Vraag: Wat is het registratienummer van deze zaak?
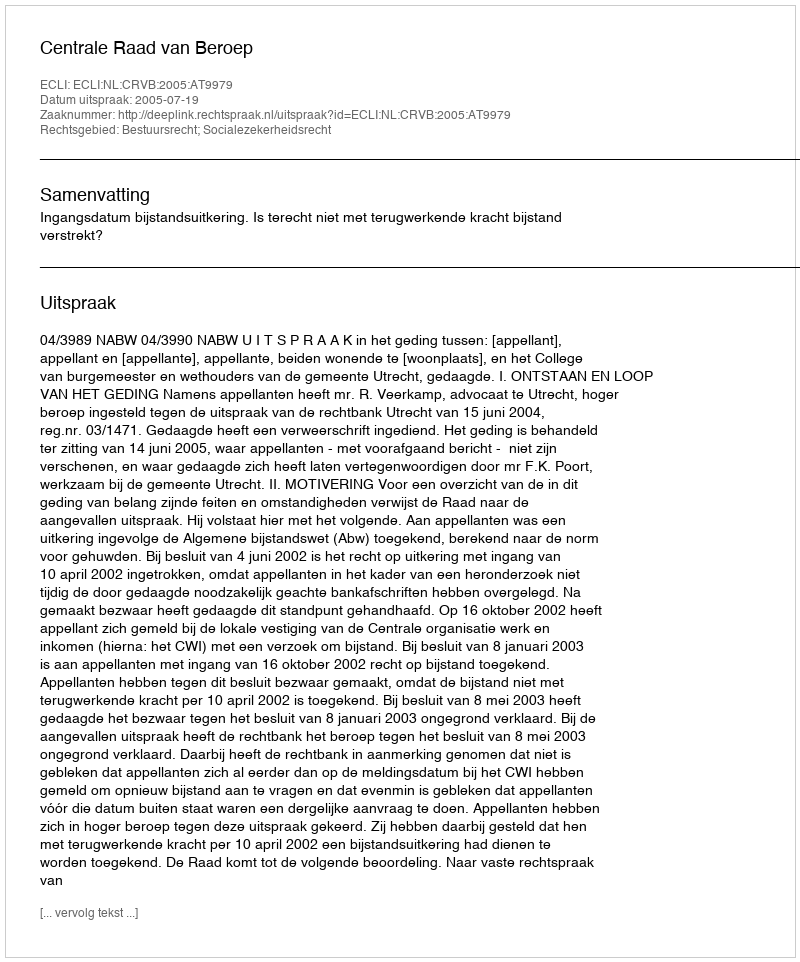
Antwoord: http://deeplink.rechtspraak.nl/uitspraak?id=ECLI:NL:CRVB:2005:AT9979